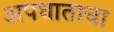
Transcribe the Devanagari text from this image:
अपघाताचा